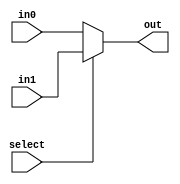
module mux_2to1 (
   input wire in0,
   input wire in1,
   input wire select,
   output wire out
);

   assign out = select ? in1 : in0;

endmodule